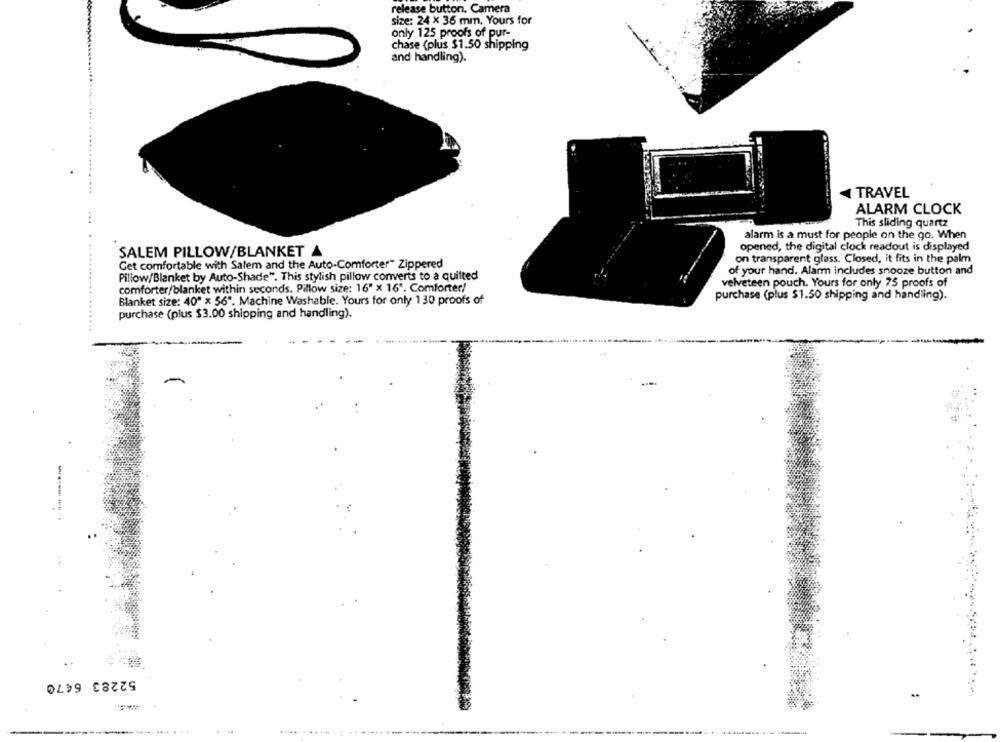
release button, Camera
size: 24 x 36 mm. Yours for
only 125 proofs of pur-
chase (plus $1.50 shipping
and handling).
TRAVEL
ALARM CLOCK
This sliding quartz
alarm is a must for people on the go. When
SALEM PILLOW/BLANKET A
opened, the digital clock readout is displayed
on transparent glass. Closed, it fits in the palm
Get comfortable with Salem and the Auto-Comforter" Zippered
of your hand. Alarm includes snooze button and
Pillow/Blanket by Auto-Shade". This stylish pillow converts to a quilted
velveteen pouch. Yours for only 75 proofs of
comforter/blanket within seconds. Pillow size: 16" x 16". Comforter!
purchase (plus $1.50 shipping and handling).
Blanket size: 40" x 56". Machine Washable. Yours for only 130 proofs of
purchase (plus $3.00 shipping and handling).
-
52283 6470